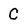
Character: C